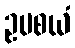
ဥပစယံ